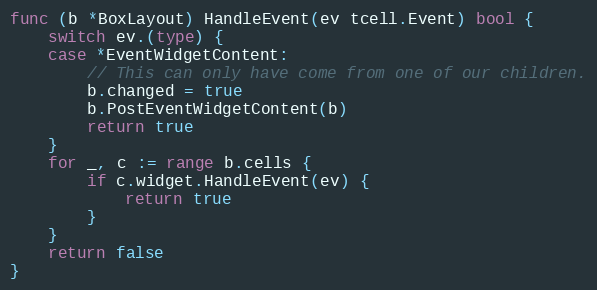
Language: Go
func (b *BoxLayout) HandleEvent(ev tcell.Event) bool {
	switch ev.(type) {
	case *EventWidgetContent:
		// This can only have come from one of our children.
		b.changed = true
		b.PostEventWidgetContent(b)
		return true
	}
	for _, c := range b.cells {
		if c.widget.HandleEvent(ev) {
			return true
		}
	}
	return false
}